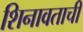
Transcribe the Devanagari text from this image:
शिनावताची